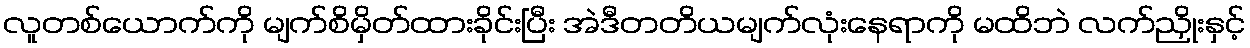
လူတစ်ယောက်ကို မျက်စိမှိတ်ထားခိုင်းပြီး အဲဒီတတိယမျက်လုံးနေရာကို မထိဘဲ လက်ညှိုးနှင့်